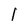
Character: 1